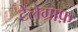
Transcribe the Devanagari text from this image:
टेलेग्राफ़